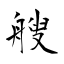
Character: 艘